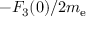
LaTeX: - F _ { 3 } ( 0 ) / 2 m _ { \mathrm { { e } } }